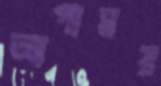
আপামর